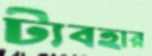
ট্যবহার